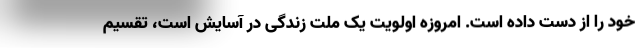
خود را از دست داده است. امروزه اولویت یک ملت زندگی در آسایش است، تقسیم